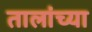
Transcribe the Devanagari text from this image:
तालांच्या